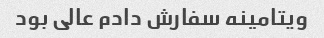
ویتامینه سفارش دادم عالی بود